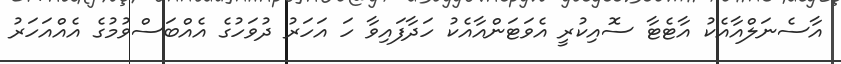
އާސެނަލްއާއެކު އާޓެޓާ ސޮއިކުރީ އެވަޓަންއާއެކު ހަދާފައިވާ ހަ އަހަރު ދުވަހުގެ އެއްބަސްވުމުގެ އެއްއަހަރު